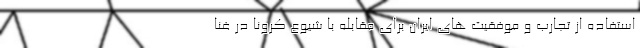
استفاده از تجارب و موفقیت های ایران برای مقابله با شیوع کرونا در غنا